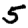
Digit: 5